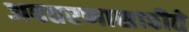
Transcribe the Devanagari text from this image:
अवतरणासाठीते